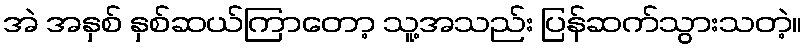
အဲ အနှစ် နှစ်ဆယ်ကြာတော့ သူ့အသည်း ပြန်ဆက်သွားသတဲ့။